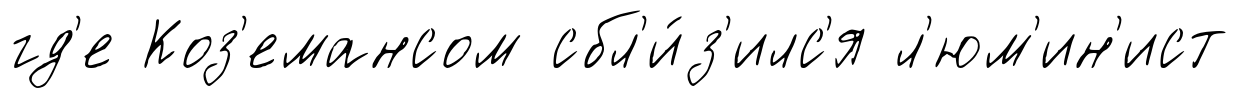
гд'е Коз'емансом сбл'и́з'илс'я л'юм'ин'ист